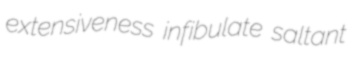
extensiveness infibulate saltant